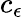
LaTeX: c_{\epsilon}